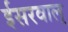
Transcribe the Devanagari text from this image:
ईसरवाल्